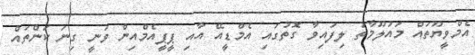
އެމްވީޔޫތައް މައުލޫމާތު ލިފައިވާ ގޮތުގައި އެމްޑީއޭ އާއި ޕީޕީއެމްއިން ވަނީ ގިނަ ކަންތައް